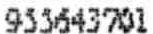
955643701